NAE_EAA_P-553_Koit_kolhoos, lk 15
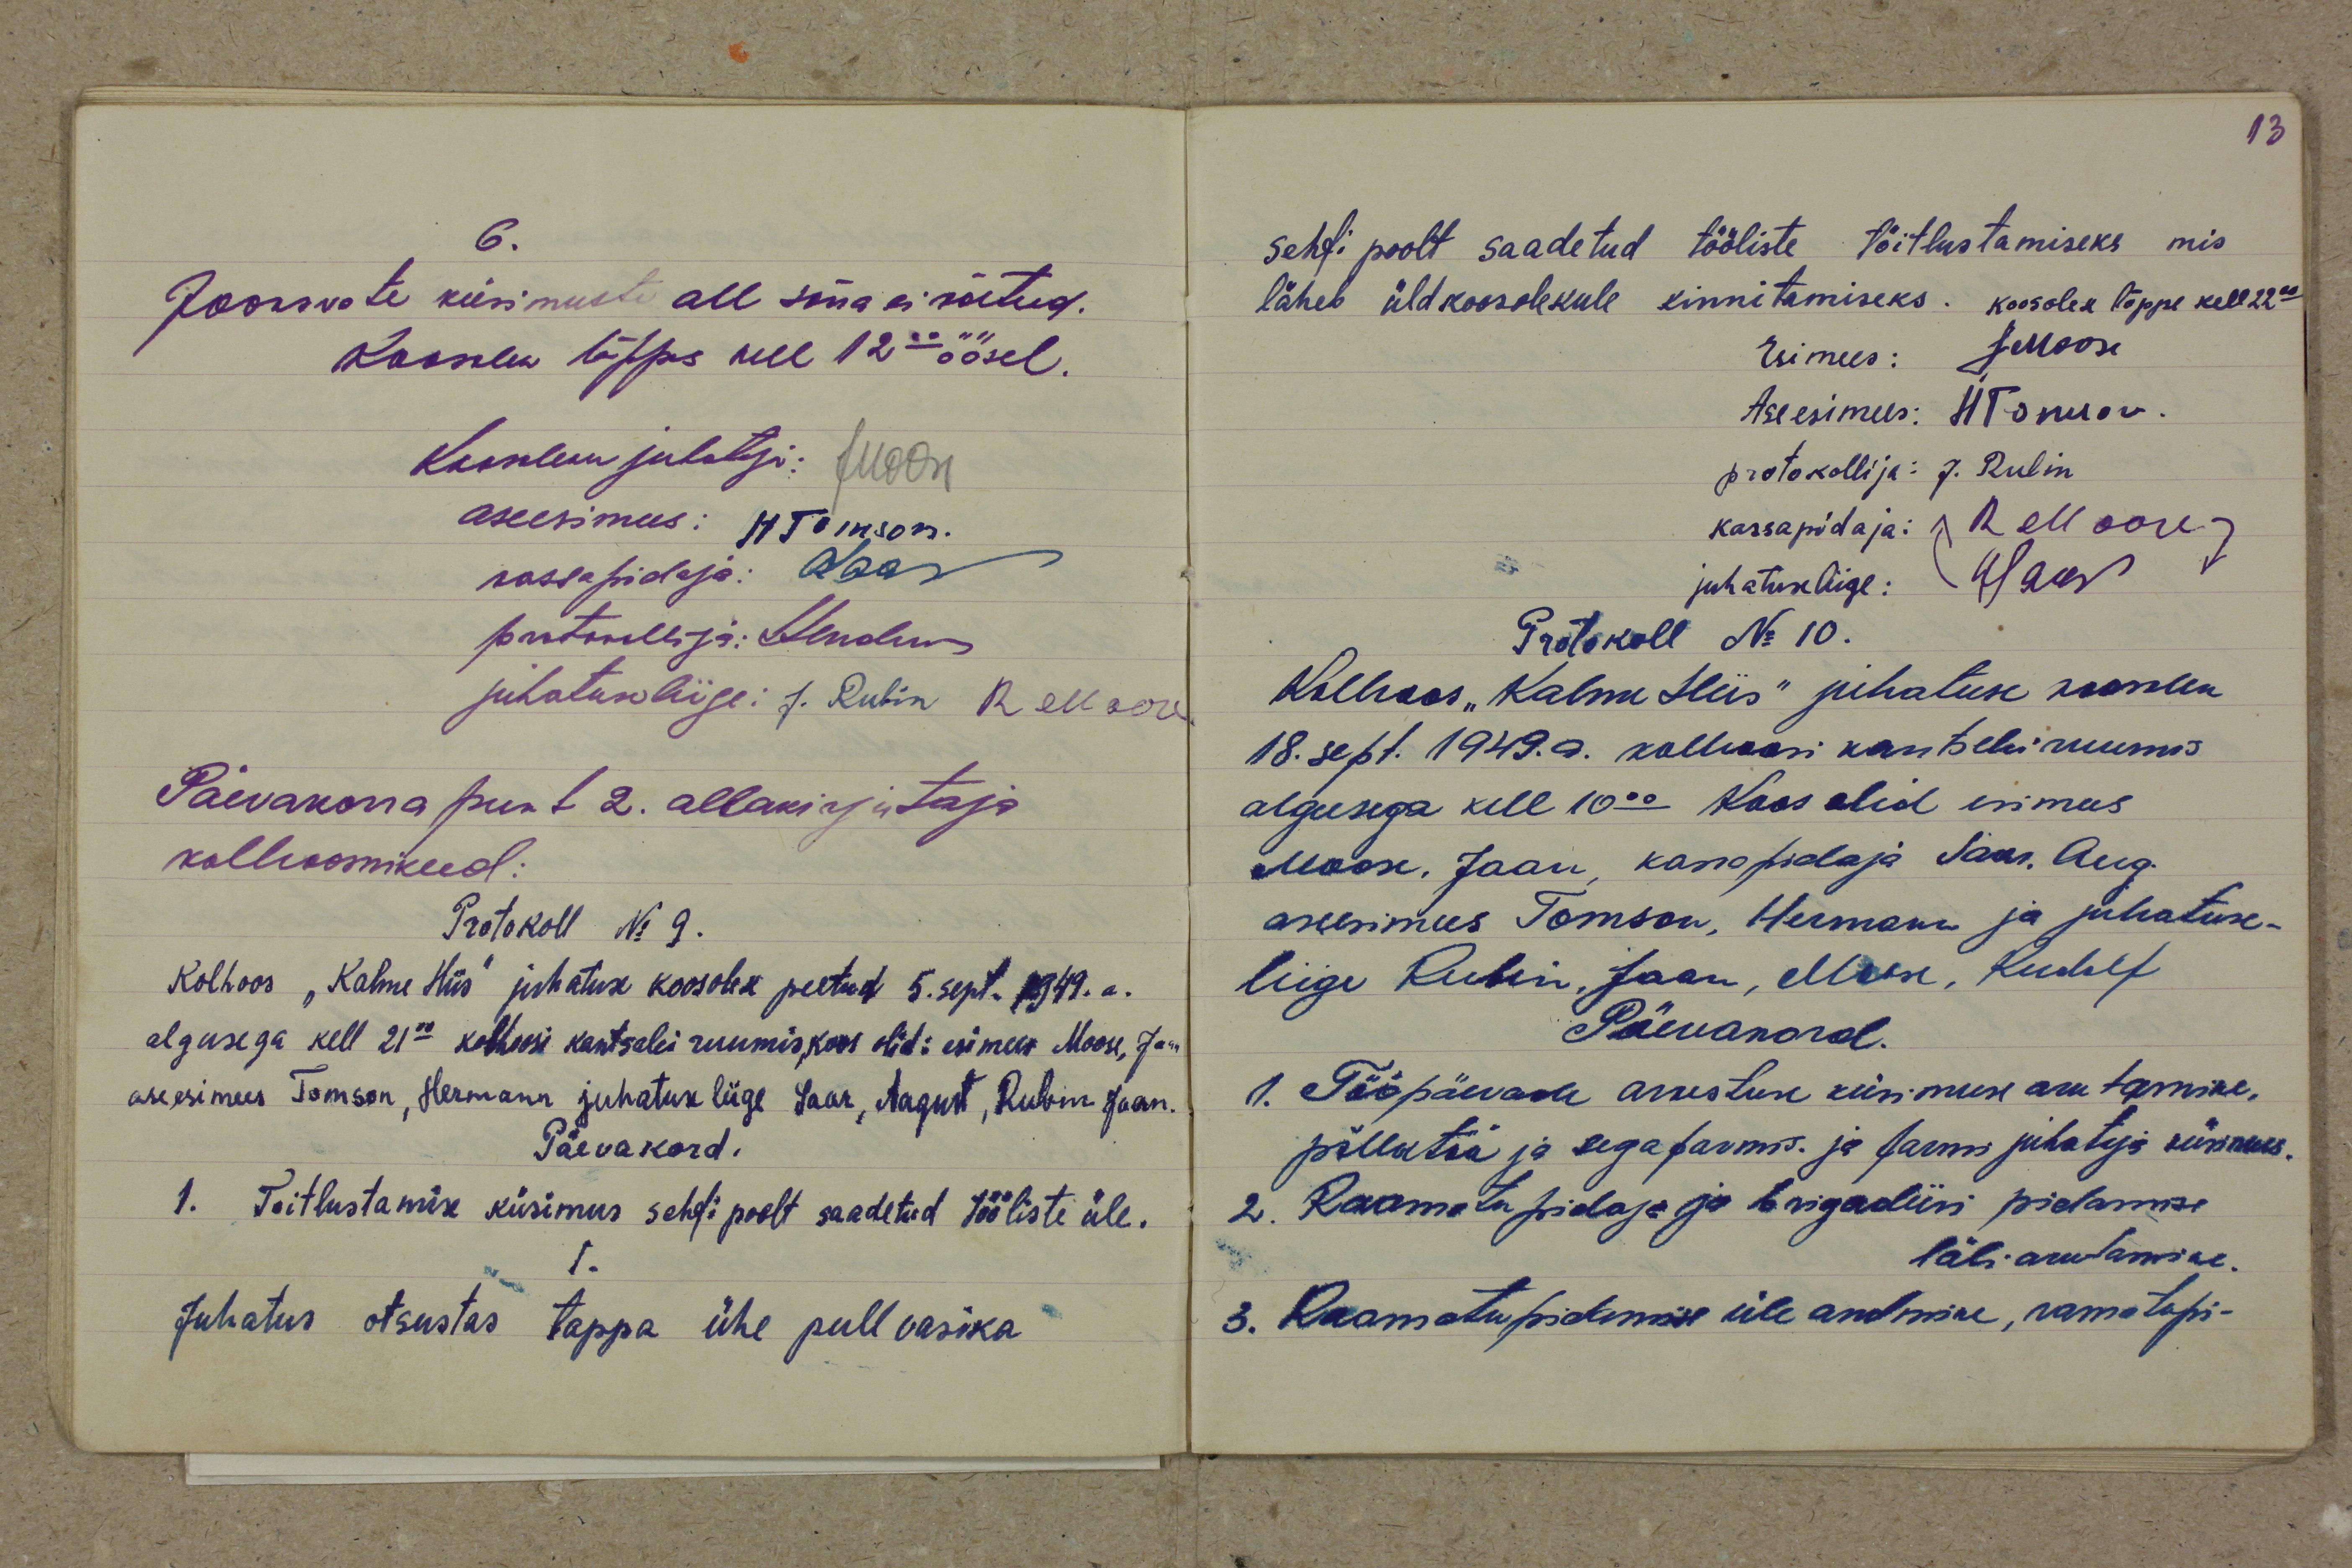
6.
Jooksvate küsimuste all sõna ei võetud.
Koosolek lõppes kell 12.00 öösel.
Koosoleku juhataja: JMoose
aseesimees: HTomson.
kassapidaja: Saar
protokollija: JHendrikson
juhatuse liige: J. Rubin RMoose
Päevakorra punt 2. allakirjutaja
kolhoosnikud:
Protokoll No 9.
Kolhoos "Kalme Hiis" juhatuse koosolek peetud 5 sept. 1949. a.
algusega kell 21.00 kolhoosi kantselei ruumis, koos olid: esimees Moose, Jaan
aseesimees Tomson, Hermann juhatuse liige Saar, August, Rubin Jaan.
Päevakord.
1. Toitlustamise küsimus sehfi poolt saadetud tööliste üle.
1.
Juhatus otsustas tappa ühe pull vasika

sehfi poolt saadetud tööliste töitlustamiseks, mis
läheb üldkoosolekule kinnitamiseks. Koosolek lõppe kell 22.00
Esimees: JMoose
Aseesimees: HTomson
protokolli ja: J. Rubin
kassapidaja: RMoose
juhatuseliige: Saar
Protokoll No 10.
Kolhoos "Kalme Hiis" juhatuse koosolek
18. sept. 1949. a. kolhoosi kantseli ruumis
algusega kell 10.00 Koos olid esimees
Moose, Jaan, kassapidaja Saar, Aug.
aseesimees Tomson, Hermann ja juhatuse-
liige Rubin, Jaan, Moose, Rudolf
Päevakord.
1. Tööpäevade arvestuse küsimuse arutamine.
põllatöö ja segafarmis. ja farmi juhataja küsimus.
2. Raamatupidaja ja brigadiiri pidamise
läbi arutamine.
3. Raamatupidamise üle andmine, ramatupi-